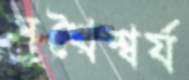
সুখৈশ্বর্য